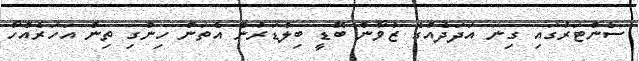
ސެންޓަރުގައި ގިނަ އަދަދެއްގެ ޒުވާން ބޮޑީ ބިލްޑަރުން އެތަން ހިންގި ތިން އަހަރެއްހާ